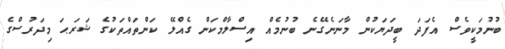
ބުނުމަކީވެސް އެފަދަ ބީދަޔަކުން މާނަނެގޭނެ ބުނުމެއް އިސްލާމްކަން ގެއްލޭ ކަންތައްތަކުގެ ޝަރަޙަ މިދަރުސްގެ